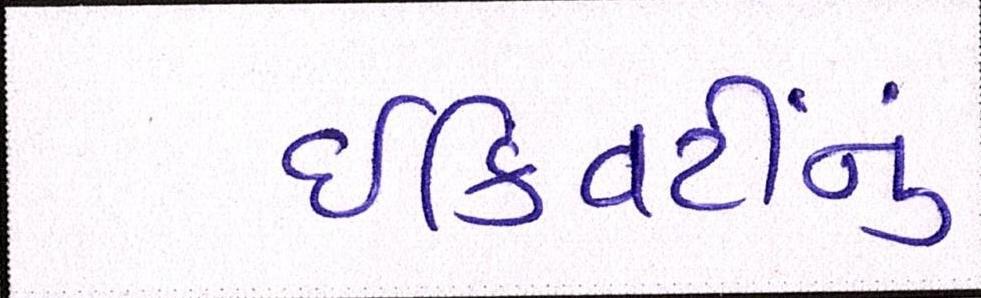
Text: ઈક્વિટીનું